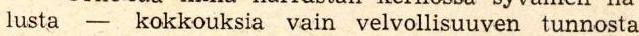
lusta - kokkouksia vain velvollisuuven tunnosta